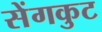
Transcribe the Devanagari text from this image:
सेंगकुट